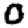
Digit: 0